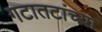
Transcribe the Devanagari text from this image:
गटातटांच्या